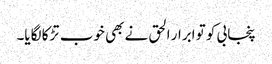
پنجابی کو تو ابرار الحق نے بھی خوب تڑکا لگایا۔